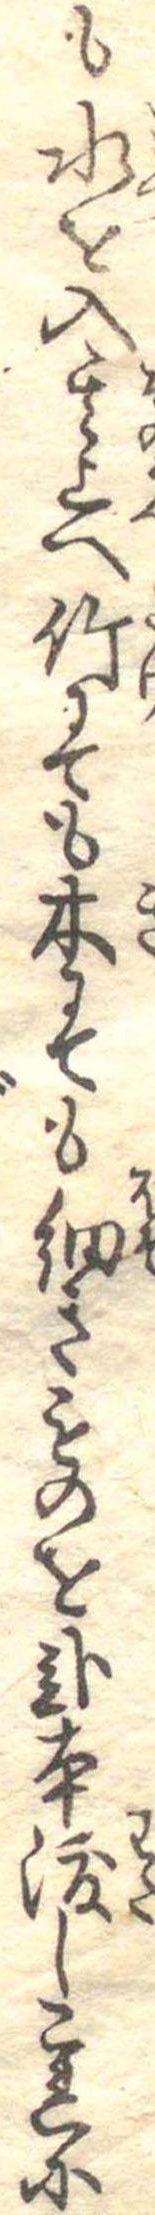
も水を入其上へ竹にても木にても細きものを弐本渡しこれに